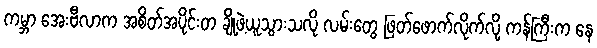
ကမ္ဘာ အေးဗီလာက အစိတ်အပိုင်းတ ချို့ဖဲ့ယူသွားသလို လမ်းတွေ ဖြတ်ဖောက်လိုက်လို့ ကန်ကြီးက နေ